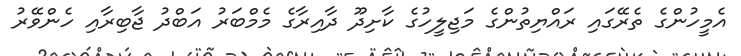
އެމީހުންގެ ތެރޭގައި ރައްޔިތުންގެ މަޖިލީހުގެ ކާށިދޫ ދާއިރާގެ މެމްބަރު އަބްދު ޖާބިރާއި ހެންވޭރު